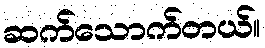
ဆက်သောက်တယ်။